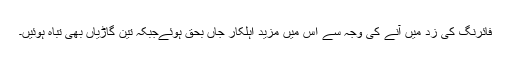
فائرنگ کی زد میں آنے کی وجہ سے اس میں مزید اہلکار جاں بحق ہوئےجبکہ تین گاڑیاں بھی تباہ ہوئیں۔